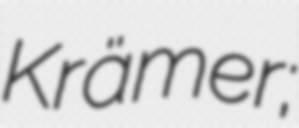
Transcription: Krämer;